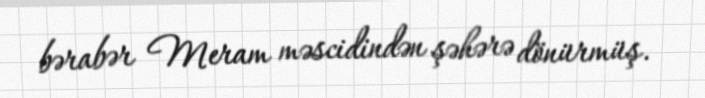
bərabər Meram məscidindən şəhərə dönürmüş.